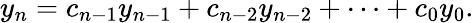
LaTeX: y_{n}=c_{n-1}y_{n-1}+c_{n-2}y_{n-2}+\cdots+c_{0}y_{0}.